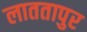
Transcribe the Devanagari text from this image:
लाततापुर